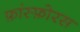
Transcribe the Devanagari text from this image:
फ़ांस्फ़ोरस